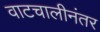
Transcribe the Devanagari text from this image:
वाटचालीनंतर